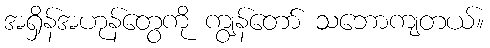
အရှိန်အဟုန်တွေကို ကျွန်တော် သဘောကျတယ်။